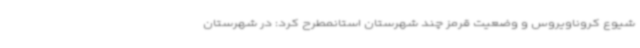
شیوع کروناویروس و وضعیت قرمز چند شهرستان استانمطرح کرد: در شهرستان